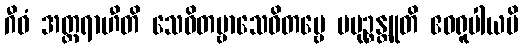
ဂီဝံ အတ္ထရာဟီတိ သေဝိတဗ္ဗာသေဝိတဗ္ဗေ ပမုဉ္စန္တူတိ ဧဝရူပါယပိ